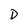
Character: D